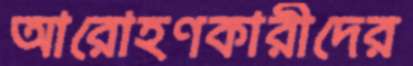
আরোহণকারীদের